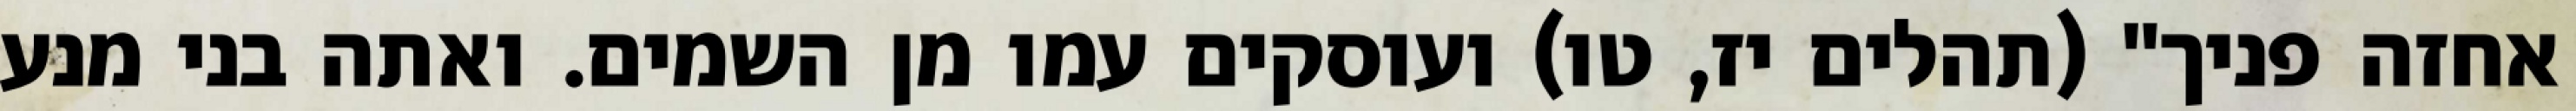
אחזה פניך" (תהלים יז, טו) ועוסקים עמו מן השמים. ואתה בני מנע